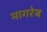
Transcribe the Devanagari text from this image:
मागरेब